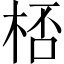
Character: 桮